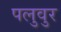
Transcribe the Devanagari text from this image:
पलुवुर